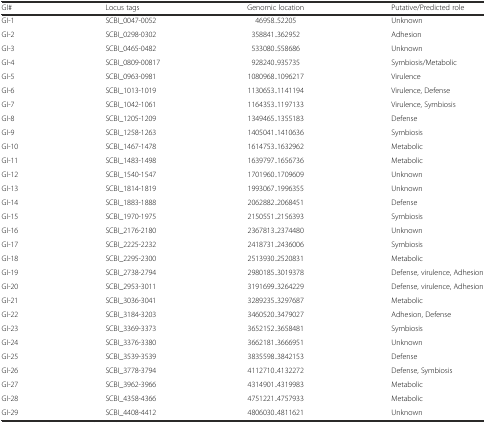
<table><thead><tr><td><b>GI#</b></td><td><b>Locus tags</b></td><td><b>Genomic location</b></td><td><b>Putative/Predicted role</b></td></tr></thead><tbody><tr><td>GI-1</td><td>SCBI_0047-0052</td><td>46958..52205</td><td>Unknown</td></tr><tr><td>GI-2</td><td>SCBI_0298-0302</td><td>358841..362952</td><td>Adhesion</td></tr><tr><td>GI-3</td><td>SCBI_0465-0482</td><td>533080..558686</td><td>Unknown</td></tr><tr><td>GI-4</td><td>SCBI_0809-00817</td><td>928240..935735</td><td>Symbiosis/Metabolic</td></tr><tr><td>GI-5</td><td>SCBI_0963-0981</td><td>1080968..1096217</td><td>Virulence</td></tr><tr><td>GI-6</td><td>SCBI_1013-1019</td><td>1130653..1141194</td><td>Virulence, Defense</td></tr><tr><td>GI-7</td><td>SCBI_1042-1061</td><td>1164353..1197133</td><td>Virulence, Symbiosis</td></tr><tr><td>GI-8</td><td>SCBI_1205-1209</td><td>1349465..1355183</td><td>Defense</td></tr><tr><td>GI-9</td><td>SCBI_1258-1263</td><td>1405041..1410636</td><td>Symbiosis</td></tr><tr><td>GI-10</td><td>SCBI_1467-1478</td><td>1614753..1632962</td><td>Metabolic</td></tr><tr><td>GI-11</td><td>SCBI_1483-1498</td><td>1639797..1656736</td><td>Metabolic</td></tr><tr><td>GI-12</td><td>SCBI_1540-1547</td><td>1701960..1709609</td><td>Unknown</td></tr><tr><td>GI-13</td><td>SCBI_1814-1819</td><td>1993067..1996355</td><td>Unknown</td></tr><tr><td>GI-14</td><td>SCBI_1883-1888</td><td>2062882..2068451</td><td>Defense</td></tr><tr><td>GI-15</td><td>SCBI_1970-1975</td><td>2150551..2156393</td><td>Symbiosis</td></tr><tr><td>GI-16</td><td>SCBI_2176-2180</td><td>2367813..2374480</td><td>Unknown</td></tr><tr><td>GI-17</td><td>SCBI_2225-2232</td><td>2418731..2436006</td><td>Symbiosis</td></tr><tr><td>GI-18</td><td>SCBI_2295-2300</td><td>2513930..2520831</td><td>Metabolic</td></tr><tr><td>GI-19</td><td>SCBI_2738-2794</td><td>2980185..3019378</td><td>Defense, virulence, Adhesion</td></tr><tr><td>GI-20</td><td>SCBI_2953-3011</td><td>3191699..3264229</td><td>Defense, virulence, Adhesion</td></tr><tr><td>GI-21</td><td>SCBI_3036-3041</td><td>3289235..3297687</td><td>Metabolic</td></tr><tr><td>GI-22</td><td>SCBI_3184-3203</td><td>3460520..3479027</td><td>Adhesion, Defense</td></tr><tr><td>GI-23</td><td>SCBI_3369-3373</td><td>3652152..3658481</td><td>Symbiosis</td></tr><tr><td>GI-24</td><td>SCBI_3376-3380</td><td>3662181..3666951</td><td>Unknown</td></tr><tr><td>GI-25</td><td>SCBI_3539-3539</td><td>3835598..3842153</td><td>Defense</td></tr><tr><td>GI-26</td><td>SCBI_3778-3794</td><td>4112710..4132272</td><td>Defense, Symbiosis</td></tr><tr><td>GI-27</td><td>SCBI_3962-3966</td><td>4314901..4319983</td><td>Metabolic</td></tr><tr><td>GI-28</td><td>SCBI_4358-4366</td><td>4751221..4757933</td><td>Metabolic</td></tr><tr><td>GI-29</td><td>SCBI_4408-4412</td><td>4806030..4811621</td><td>Unknown</td></tr></tbody></table>